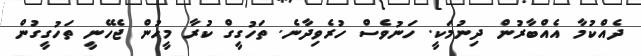
ދެއްކުމާ އެއްބާރުން ދިނުމަކީ. ހަނުވެސް ހުރެވިދާނެ. ތަހުގީގް ކުރާ މީހުން ޖެހޭނީ ތަހުގީގުން